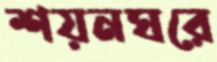
শয়নঘরে